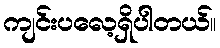
ကျင်းပလေ့ရှိပါတယ်။